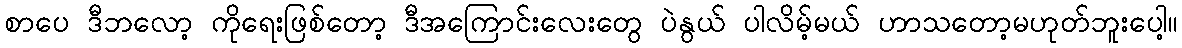
စာပေ ဒီဘလော့ ကိုရေးဖြစ်တော့ ဒီအကြောင်းလေးတွေ ပဲနွယ် ပါလိမ့်မယ် ဟာသတော့မဟုတ်ဘူးပေါ့။